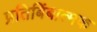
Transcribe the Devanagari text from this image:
प्रतिबिंबात्मक